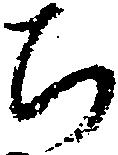
ち